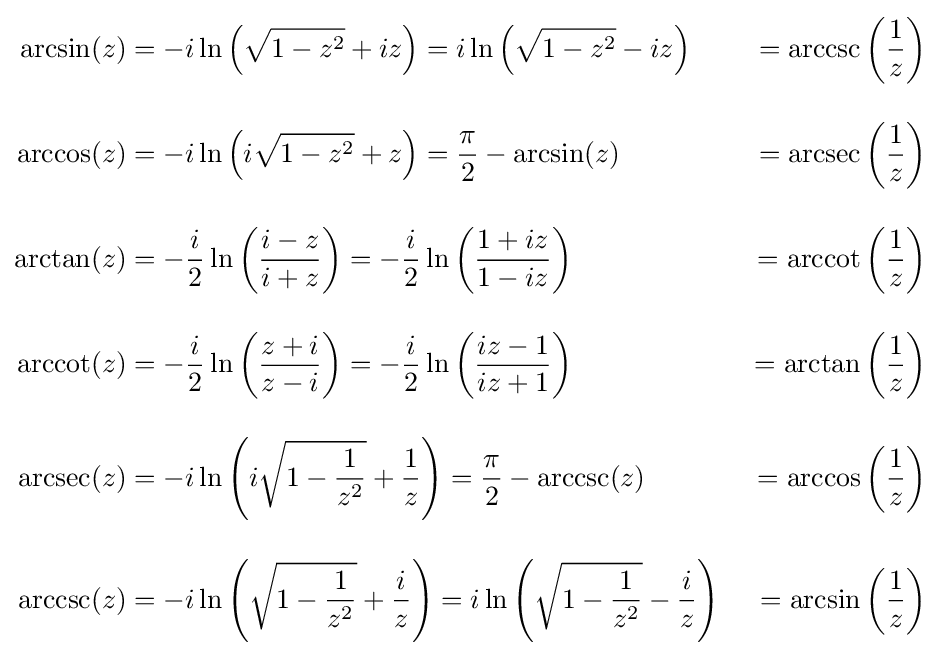
{\begin{aligned}\arcsin(z)&{}=-i\ln \left({\sqrt {1-z^{2}}}+iz\right)=i\ln \left({\sqrt {1-z^{2}}}-iz\right)&{}=\operatorname {arccsc} \left({\frac {1}{z}}\right)\\[10pt]\arccos(z)&{}=-i\ln \left(i{\sqrt {1-z^{2}}}+z\right)={\frac {\pi }{2}}-\arcsin(z)&{}=\operatorname {arcsec} \left({\frac {1}{z}}\right)\\[10pt]\arctan(z)&{}=-{\frac {i}{2}}\ln \left({\frac {i-z}{i+z}}\right)=-{\frac {i}{2}}\ln \left({\frac {1+iz}{1-iz}}\right)&{}=\operatorname {arccot} \left({\frac {1}{z}}\right)\\[10pt]\operatorname {arccot} (z)&{}=-{\frac {i}{2}}\ln \left({\frac {z+i}{z-i}}\right)=-{\frac {i}{2}}\ln \left({\frac {iz-1}{iz+1}}\right)&{}=\arctan \left({\frac {1}{z}}\right)\\[10pt]\operatorname {arcsec} (z)&{}=-i\ln \left(i{\sqrt {1-{\frac {1}{z^{2}}}}}+{\frac {1}{z}}\right)={\frac {\pi }{2}}-\operatorname {arccsc} (z)&{}=\arccos \left({\frac {1}{z}}\right)\\[10pt]\operatorname {arccsc} (z)&{}=-i\ln \left({\sqrt {1-{\frac {1}{z^{2}}}}}+{\frac {i}{z}}\right)=i\ln \left({\sqrt {1-{\frac {1}{z^{2}}}}}-{\frac {i}{z}}\right)&{}=\arcsin \left({\frac {1}{z}}\right)\end{aligned}}